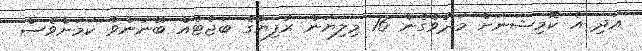
އަދި އެ ކޮމިޝަނަށް މަދުވެގެން 16 މިލިޔަން ރުފިޔާގެ ބަޖެޓެއް ބޭނުންވާ ކަމަށްވެސް